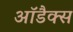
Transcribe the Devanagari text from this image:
आॅडैक्स